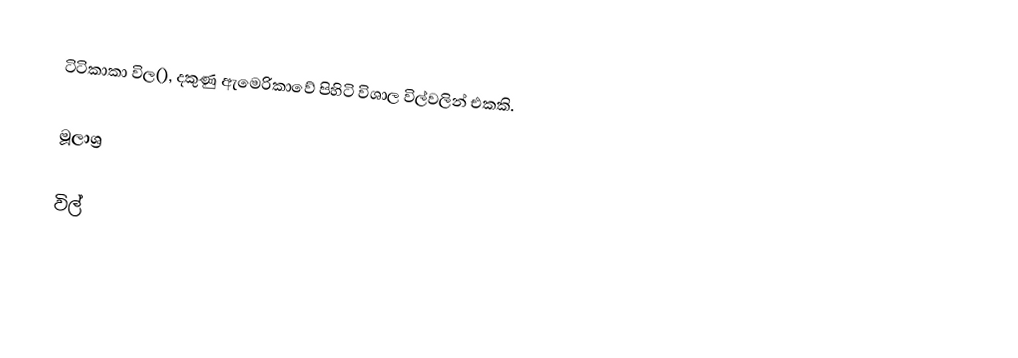
ටිටිකාකා විල(), දකුණු ඇමෙරිකාවේ පිහිටි විශාල විල්වලින් එකකි.

මූලාශ්‍ර

විල්